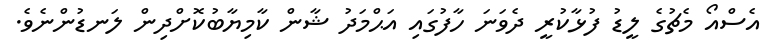
އެސްއޯ މެޗުގެ ލީޑު ފުޅާކުރީ ދެވަނަ ހާފުގައި އަޙްމަދު ޝާން ކާމިޔާބުކޮށްދިން ލަނޑުންނެވެ.